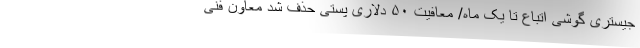
جیستری گوشی اتباع تا یک ماه/ معافیت ۵۰ دلاری پستی حذف شد معاون فنی